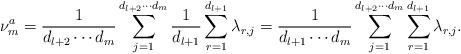
\begin{align*}\nu_m^a= \frac{1}{d_{l+2}\cdots d_m}\sum_{j=1}^{d_{l+2}\cdots d_m}\frac{1}{d_{l+1}}\sum_{r=1}^{d_{l+1}} \lambda_{r,j}=\frac{1}{d_{l+1}\cdots d_m}\sum_{j=1}^{d_{l+2}\cdots d_m}\sum_{r=1}^{d_{l+1}}\lambda_{r,j}.\end{align*}